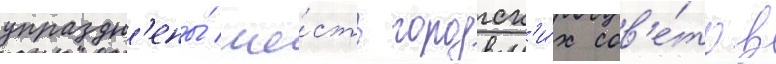
упраздн'ены́ ше́сть городск'и́х сов'е́тов